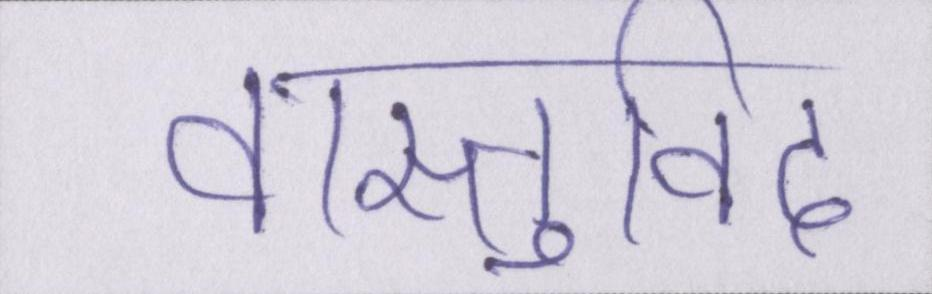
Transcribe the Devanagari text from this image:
वास्तुविद